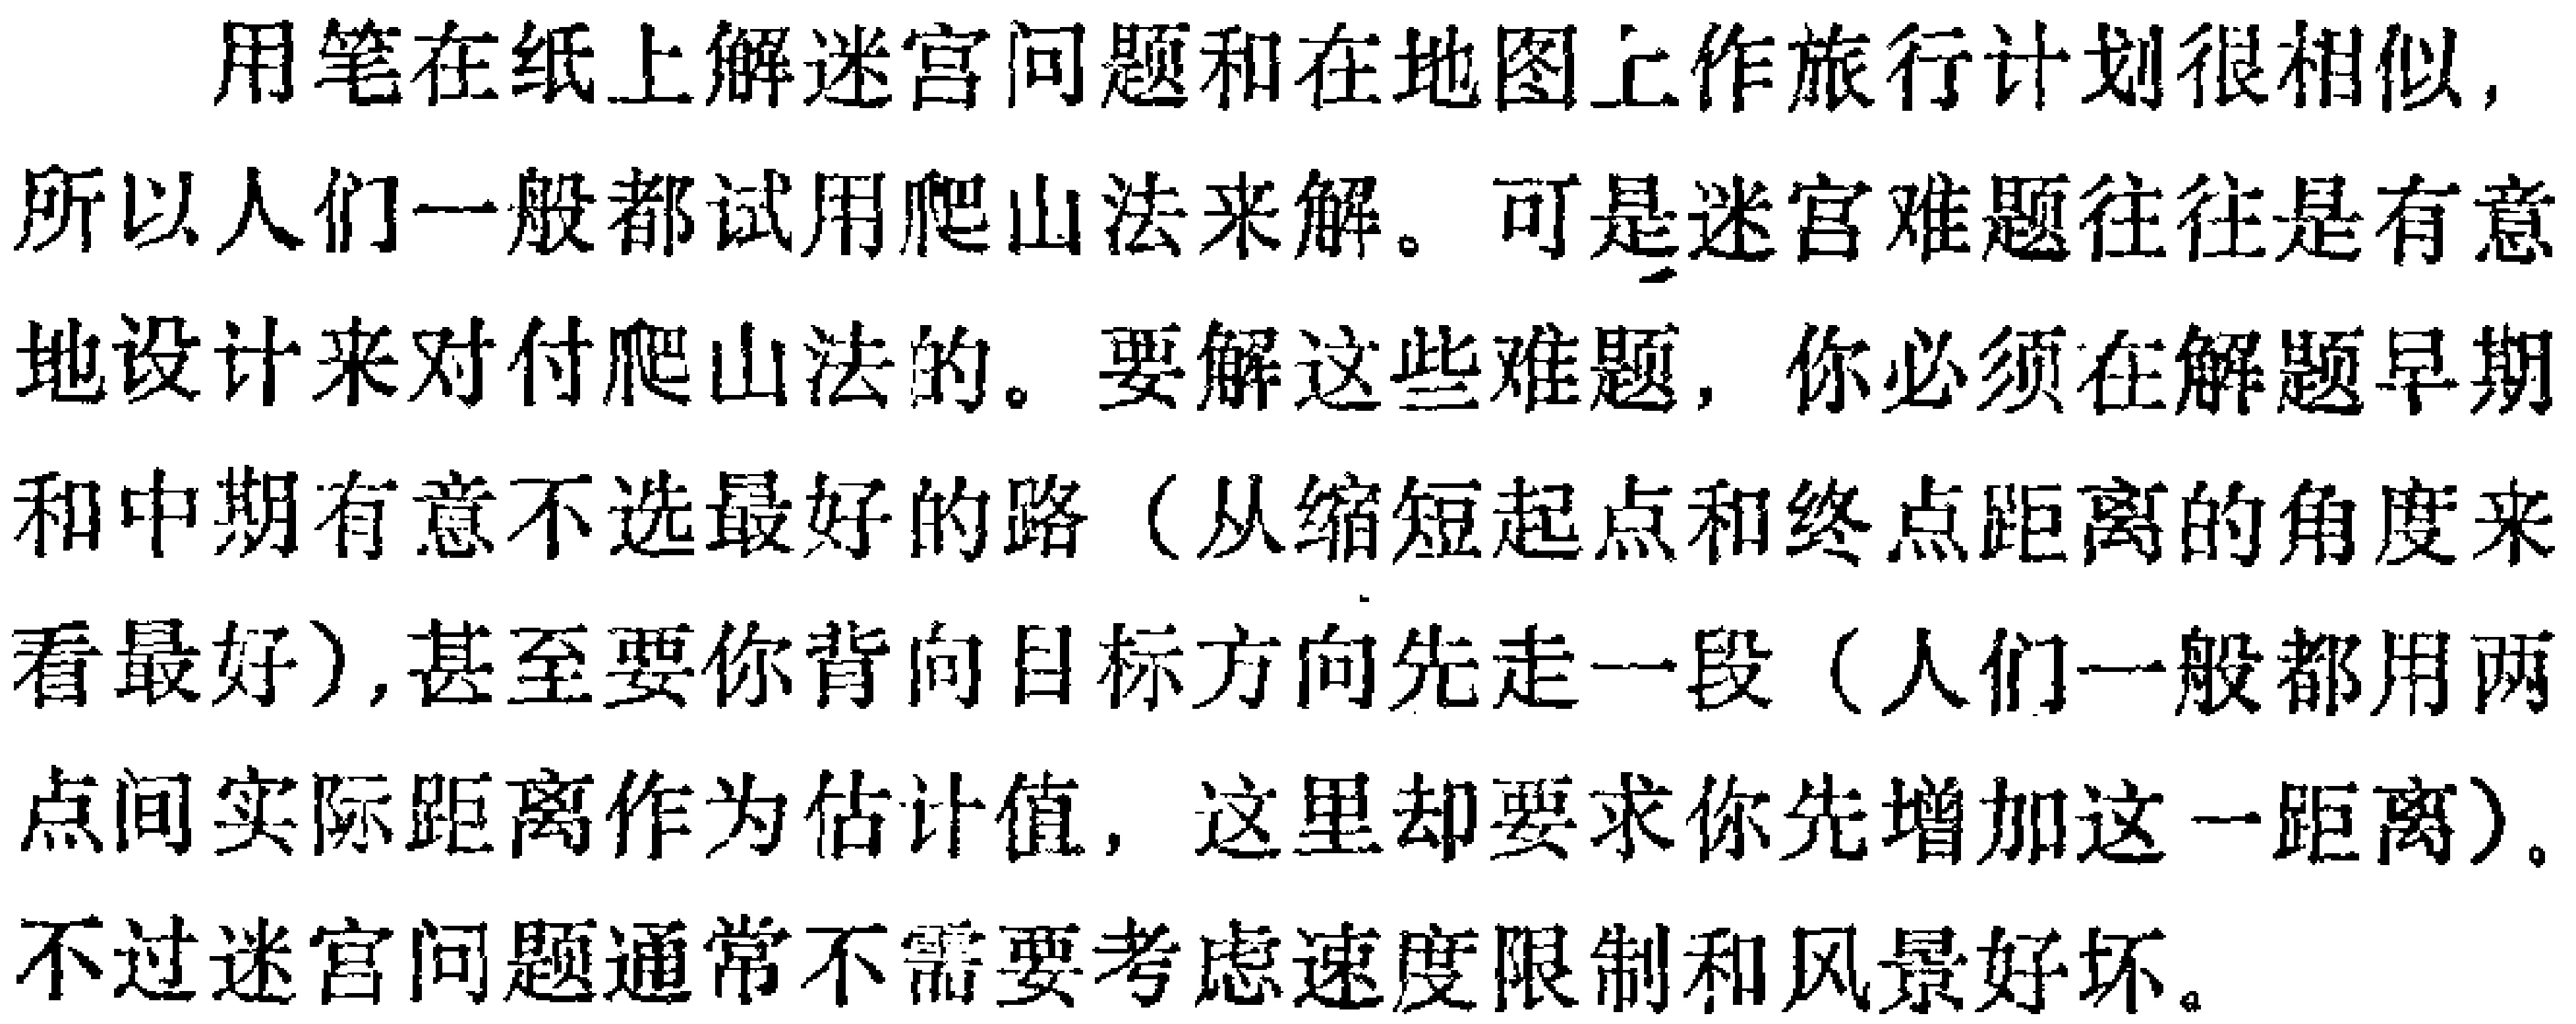
用笔在纸上解迷宫问题和在地图上作旅行计划很相似,

所以人们一般都试用爬山法来解。可是迷宫难题往往是有意

地设计来对付爬山法的。要解这些难题, 你必须在解题早期

和中期有意不选最好的路（从缩短起点和终点距离的角度来

看最好）,甚至要你背向目标方向先走一段（人们一般都用两

点间实际距离作为估计值, 这里却要求你先增加这一距离）。

不过迷宫问题通常不需要考虑速度限制和风景好坏。